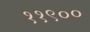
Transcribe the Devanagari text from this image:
११९००